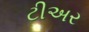
ટીઅર